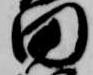
田